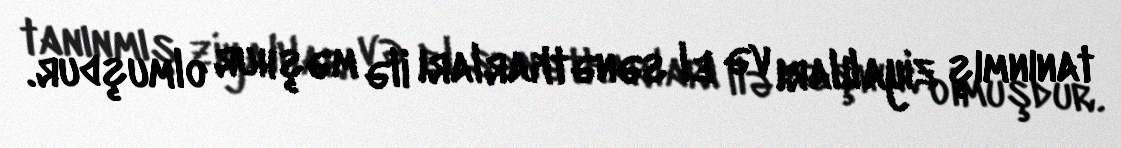
tanınmış ziyalıları və el sənətkarları ilə məşhur olmuşdur.